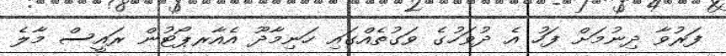
ފަރުވާ ދިނުމަށް ފަހު އެ ދުވަހުގެ ވަގުތެއްގައި ހަނިމާދޫ އެއާރޕޯޓުން ރައީސް މާލެ